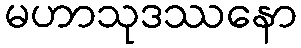
မဟာသုဒဿနော